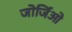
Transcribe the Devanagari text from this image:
जोर्जिओ